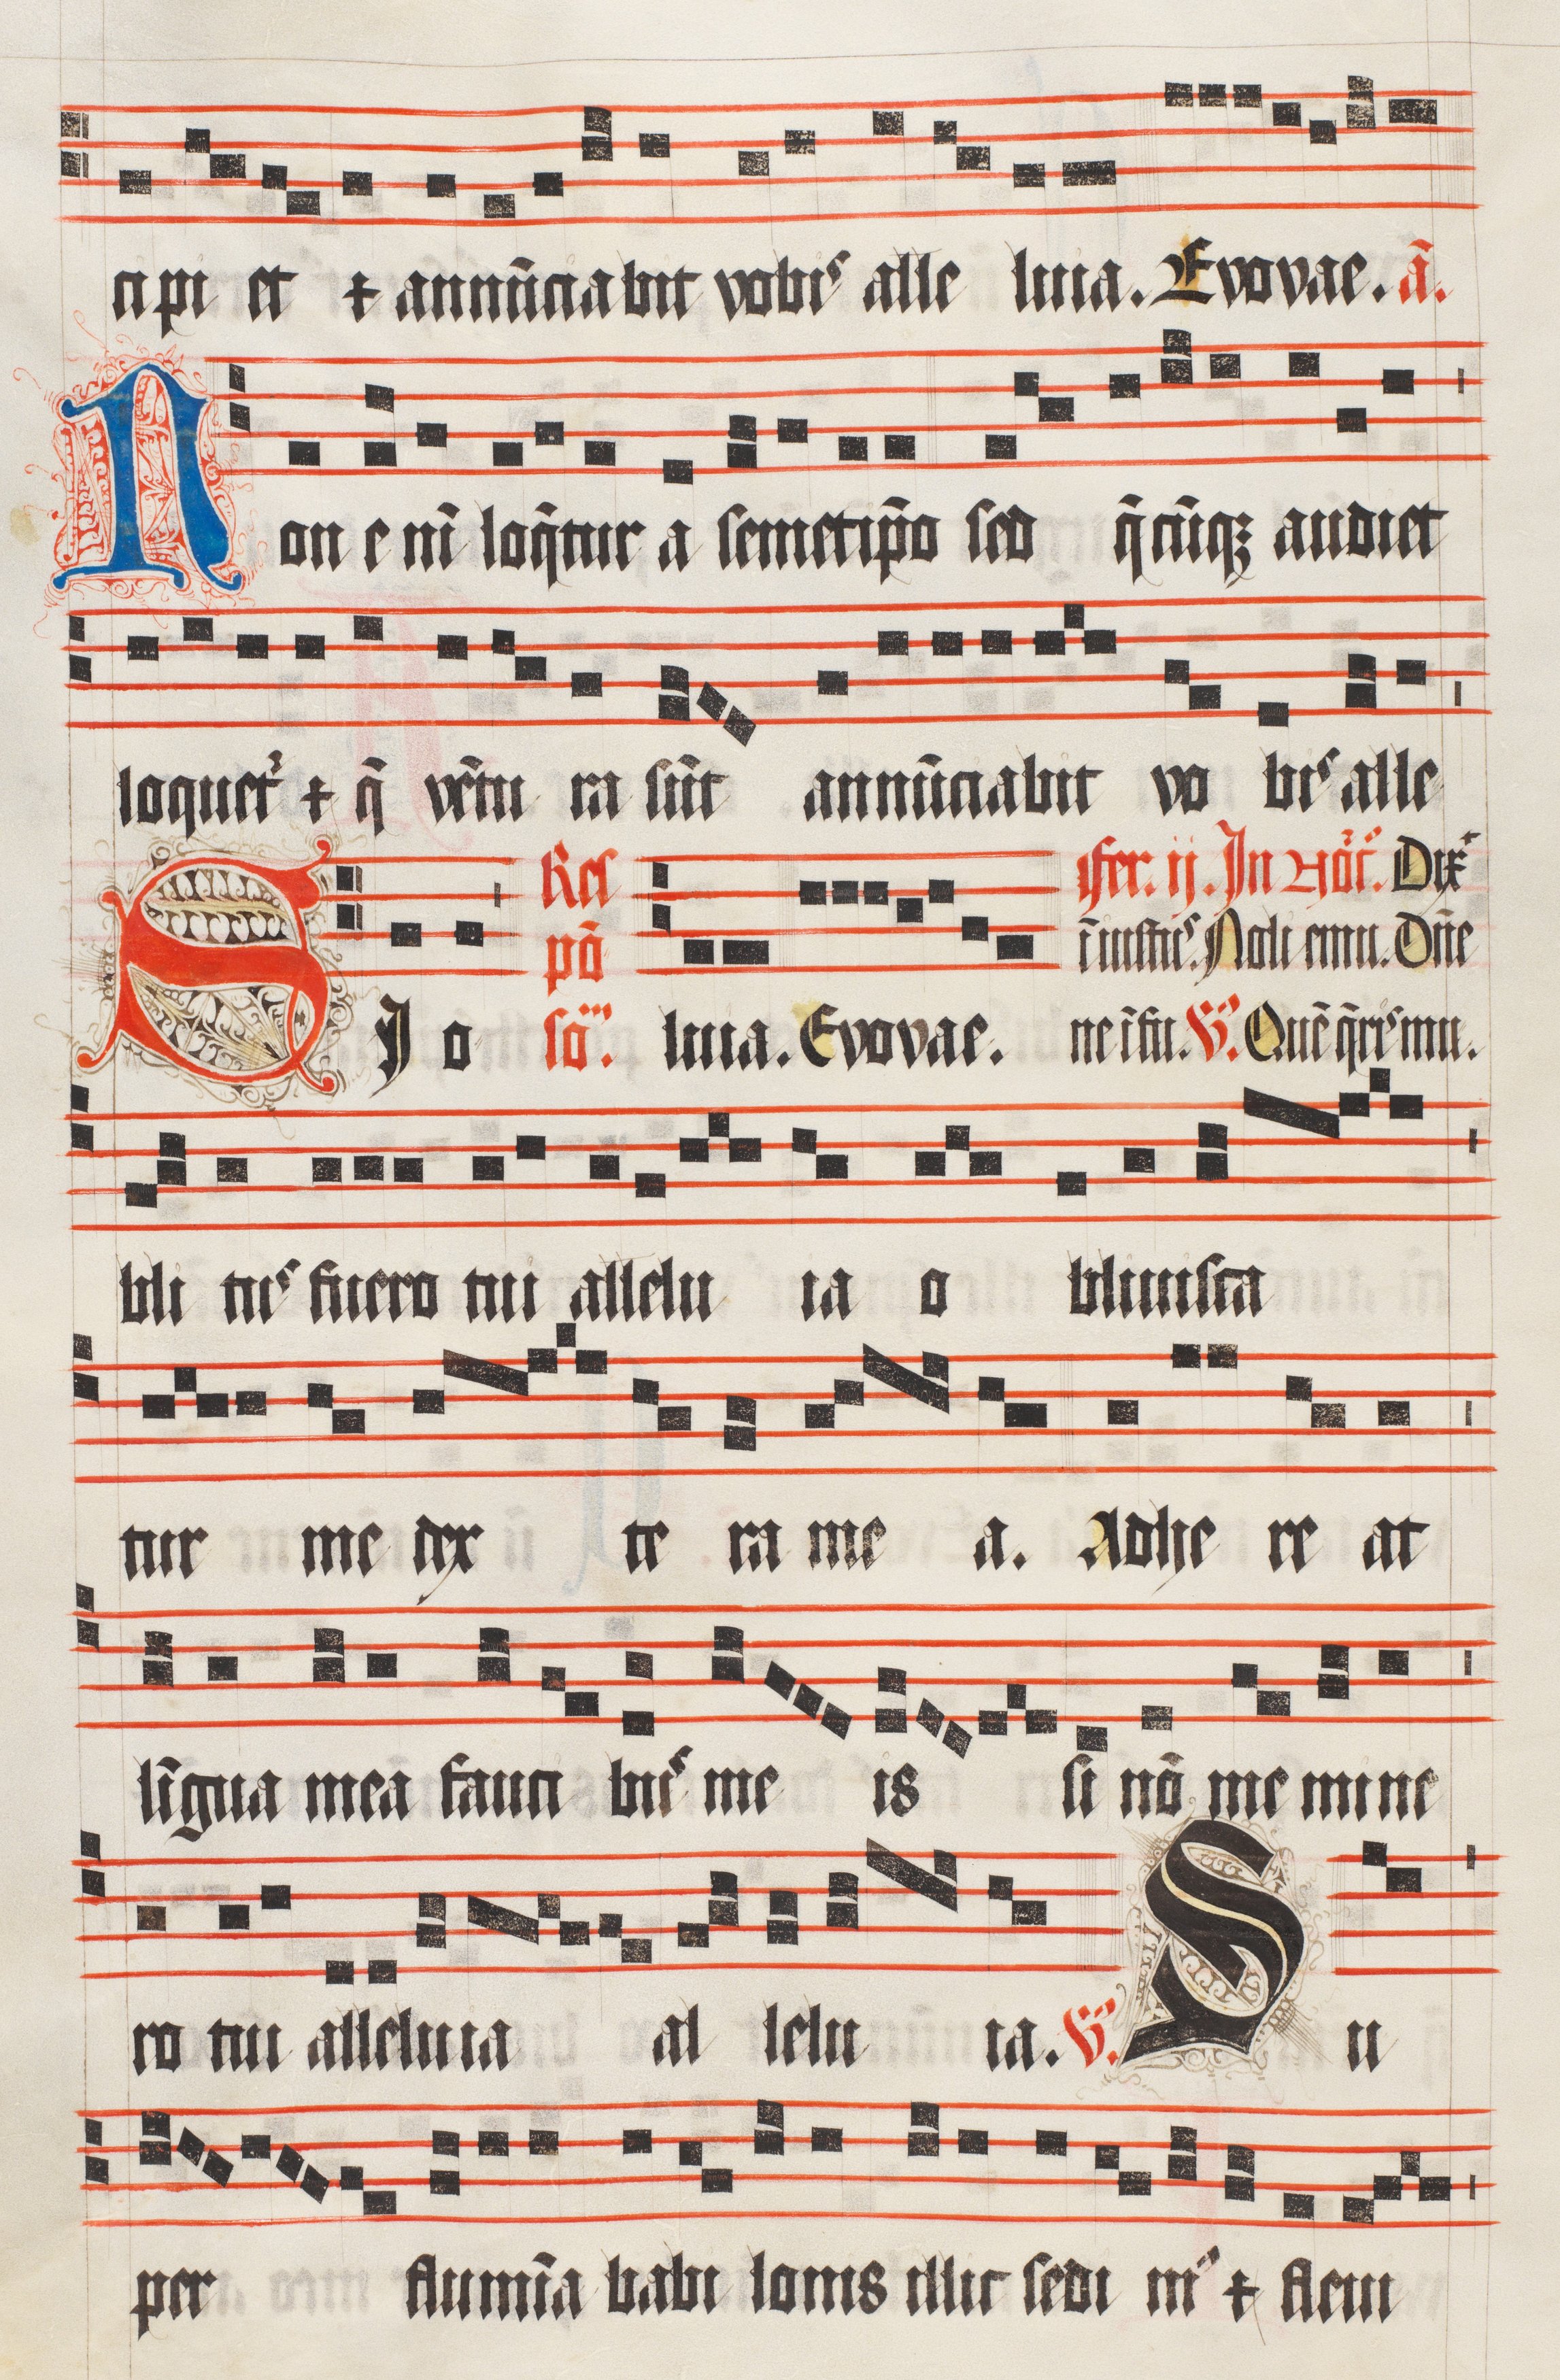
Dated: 1509–1517